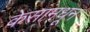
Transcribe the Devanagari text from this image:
केसांमधून